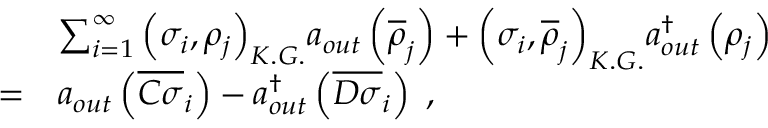
\begin{array} { l l l } { { } } & { { \ } } & { { \sum _ { i = 1 } ^ { \infty } { \left( \sigma _ { i } , \rho _ { j } \right) } _ { K . G . } a _ { o u t } \left( \overline { { { \rho } } } _ { j } \right) + { \left( \sigma _ { i } , \overline { { { \rho } } } _ { j } \right) } _ { K . G . } a _ { o u t } ^ { \dagger } \left( \rho _ { j } \right) } } \\ { { } } & { { = } } & { { a _ { o u t } \left( \overline { { { C \sigma } } } _ { i } \right) - a _ { o u t } ^ { \dagger } \left( \overline { { { D \sigma } } } _ { i } \right) \; , } } \end{array}